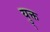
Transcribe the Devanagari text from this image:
यु्क्त